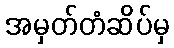
အမှတ်တံဆိပ်မှ